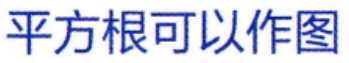
平方根可以作图